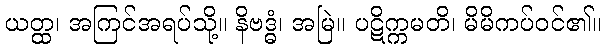
ယတ္ထ၊ အကြင်အရပ်သို့။ နိဗဒ္ဓံ၊ အမြဲ။ ပဋိက္ကမတိ၊ မိမိကပ်ဝင်၏။